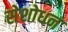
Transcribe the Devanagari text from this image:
सेशोधन